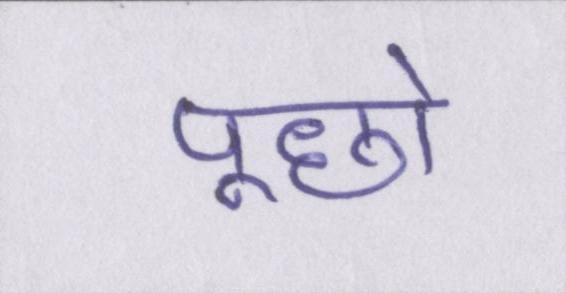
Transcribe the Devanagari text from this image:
पूछो